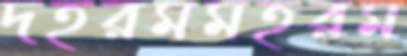
দহরমমহরম